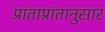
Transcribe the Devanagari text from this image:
प्रांताप्रांतानुसार